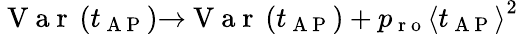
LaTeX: \mathrm{~V~a~r~}\left(t_{\mathrm{~A~P~}}\right){\rightarrow}\mathrm{~V~a~r~}\left(t_{\mathrm{~A~P~}}\right)+p_{\mathrm{~r~o~}}\left\langle t_{\mathrm{~A~P~}}\right\rangle^{2}